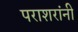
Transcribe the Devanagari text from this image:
पराशरांनी